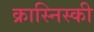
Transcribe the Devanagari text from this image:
क्रास्निस्की